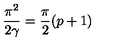
\frac { \pi ^ { 2 } } { 2 \gamma } = \frac { \pi } { 2 } ( p + 1 ) \protect